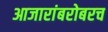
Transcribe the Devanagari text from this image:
आजारांबरोबरच